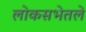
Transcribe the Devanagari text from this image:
लोकसभेतले